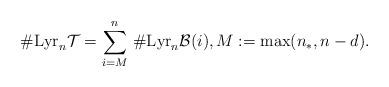
LaTeX: \begin{align*}\#\mathrm{Lyr}_n{\mathcal{T}}=\sum_{i=M}^{n}\,\#\mathrm{Lyr}_n{\mathcal{B}(i)}, M:=\max(n_\ast,n-d).\end{align*}